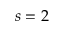
s = 2